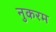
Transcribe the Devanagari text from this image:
नुकरम